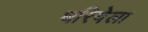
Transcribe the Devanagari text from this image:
धरियेला